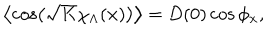
\left< \cos \left( \sqrt { K } \chi _ { \Lambda } ( { \bf x } ) \right) \right> = D ( 0 ) \cos \phi _ { \bf x } ,